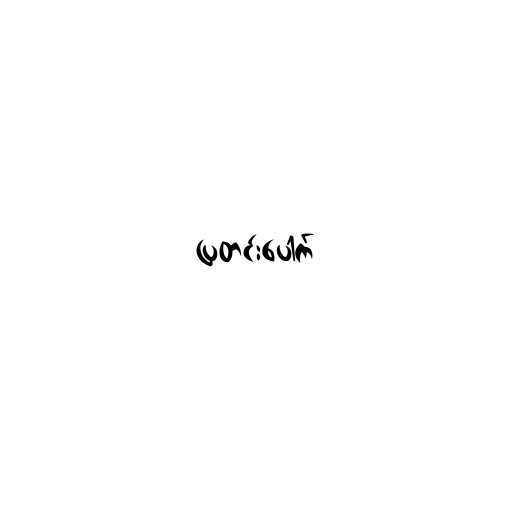
ပြတင်းပေါက်